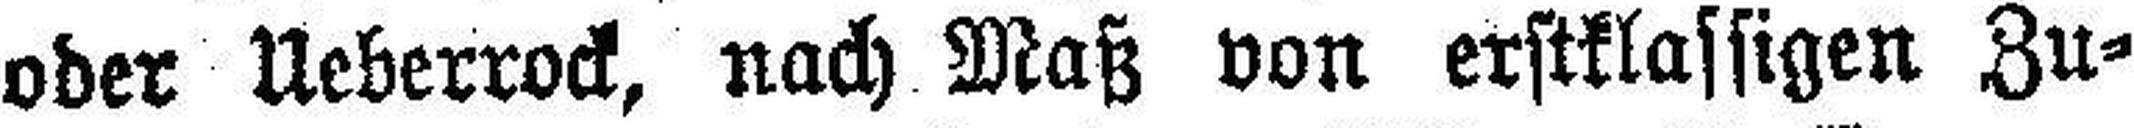
oder Ueberrock, nach Maß von erstklassigen Zu¬